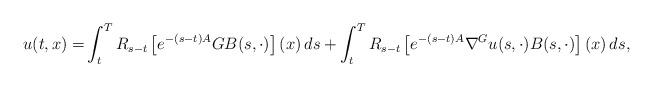
LaTeX: \begin{align*} u(t,x)=&\int_t^T R_{s-t}\left[e^{-(s-t) {A}}G B(s,\cdot)\right](x)\,ds+\int_t^T R_{s-t}\left[e^{-(s-t){A}} \nabla^Gu(s,\cdot) B(s,\cdot) \right](x)\,ds, \end{align*}